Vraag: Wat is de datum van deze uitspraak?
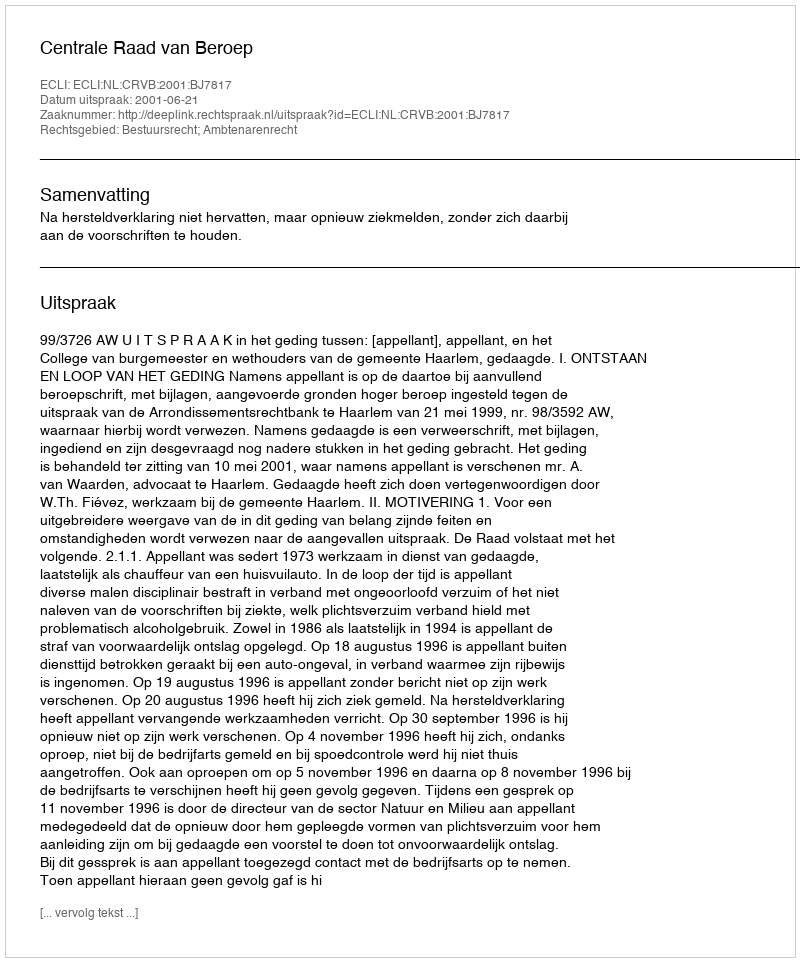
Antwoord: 2001-06-21